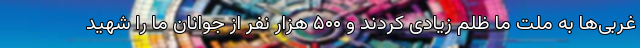
غربی‌ها به ملت ما ظلم زیادی کردند و ۵۰۰ هزار نفر از جوانان ما را شهید